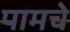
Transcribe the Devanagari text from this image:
पामचे